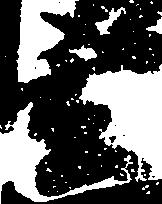
玄